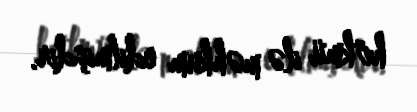
hökmü ilə məhkum edilmişdir.